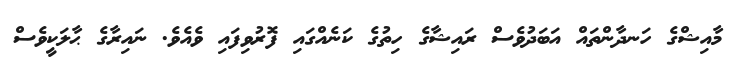
މާއިޝްގެ ހަނދާންތައް އަބަދުވެސް ރައިޝާގެ ހިތުގެ ކަނެއްގައި ފޮރުވިފައި ވެއެވެ. ނައިރާގެ ޙާލަކީވެސް